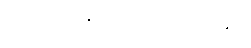
လုပ်ကိုင်နိုင်လေတော့သည်။